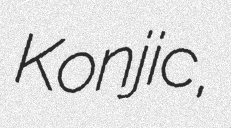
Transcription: Konjic,